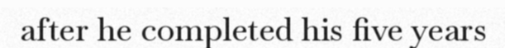
after he completed his five years